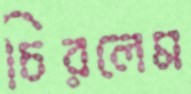
চিরলেম